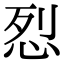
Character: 㤠